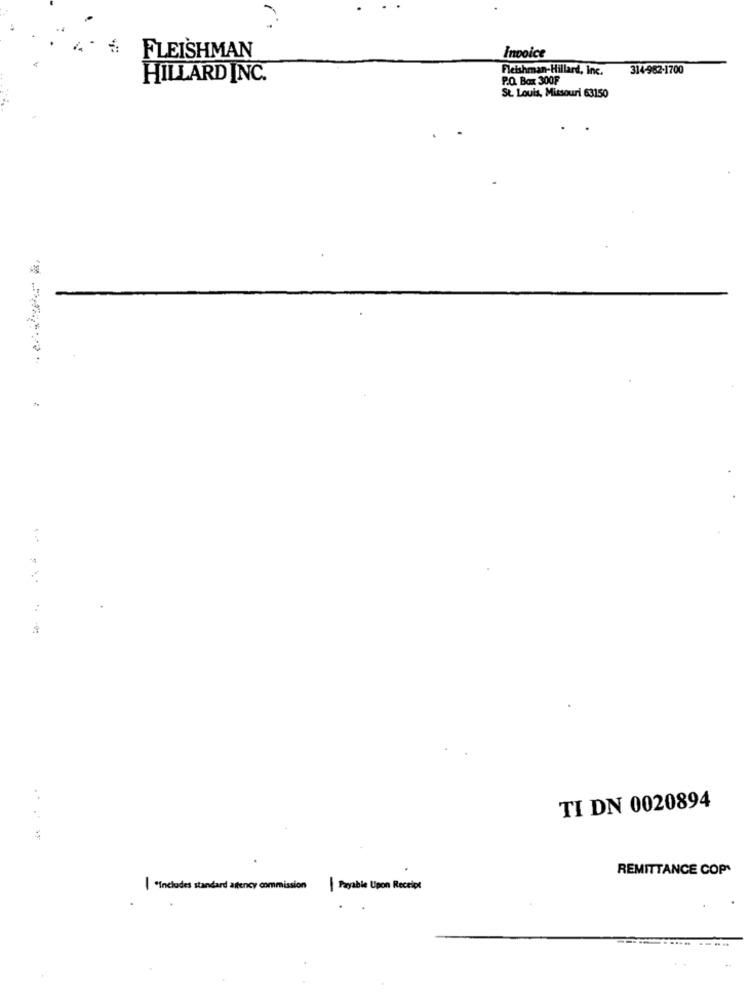
FLEISHMAN
Invoice
Fleishman-Hillard, Inc.
314-962-1700
HILLARD INC.
P.O. Box 300F
St. Louis, Missouri 63150
TI DN 0020894
REMITTANCE COP
| "Includes standard artency commission
| Payable Upon Receipt
---